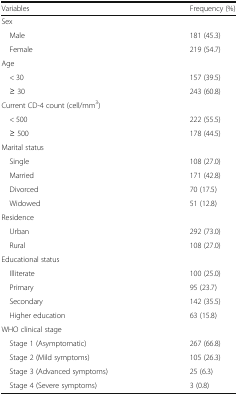
<table><thead><tr><td><b>Variables</b></td><td><b>Frequency (%)</b></td></tr></thead><tbody><tr><td colspan="2">Sex</td></tr><tr><td> Male</td><td>181 (45.3)</td></tr><tr><td> Female</td><td>219 (54.7)</td></tr><tr><td colspan="2">Age</td></tr><tr><td> &lt; 30</td><td>157 (39.5)</td></tr><tr><td> ≥ 30</td><td>243 (60.8)</td></tr><tr><td colspan="2">Current CD-4 count (cell/mm<sup>3</sup>)</td></tr><tr><td> &lt; 500</td><td>222 (55.5)</td></tr><tr><td> ≥ 500</td><td>178 (44.5)</td></tr><tr><td colspan="2">Marital status</td></tr><tr><td> Single</td><td>108 (27.0)</td></tr><tr><td> Married</td><td>171 (42.8)</td></tr><tr><td> Divorced</td><td>70 (17.5)</td></tr><tr><td> Widowed</td><td>51 (12.8)</td></tr><tr><td colspan="2">Residence</td></tr><tr><td> Urban</td><td>292 (73.0)</td></tr><tr><td> Rural</td><td>108 (27.0)</td></tr><tr><td colspan="2">Educational status</td></tr><tr><td> Illiterate</td><td>100 (25.0)</td></tr><tr><td> Primary</td><td>95 (23.7)</td></tr><tr><td> Secondary</td><td>142 (35.5)</td></tr><tr><td> Higher education</td><td>63 (15.8)</td></tr><tr><td colspan="2">WHO clinical stage</td></tr><tr><td> Stage 1 (Asymptomatic)</td><td>267 (66.8)</td></tr><tr><td> Stage 2 (Mild symptoms)</td><td>105 (26.3)</td></tr><tr><td> Stage 3 (Advanced symptoms)</td><td>25 (6.3)</td></tr><tr><td> Stage 4 (Severe symptoms)</td><td>3 (0.8)</td></tr></tbody></table>